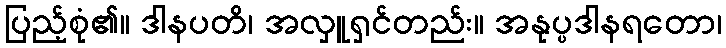
ပြည့်စုံ၏။ ဒါနပတိ၊ အလှူရှင်တည်း။ အနုပ္ပဒါနရတော၊